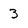
Character: 3